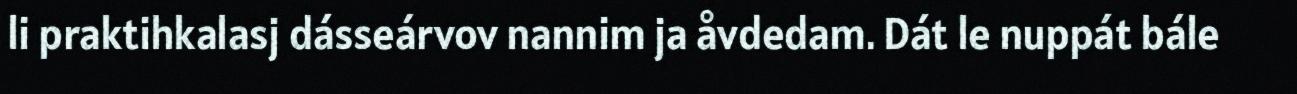
li praktihkalasj dásseárvov nannim ja åvdedam. Dát le nuppát bále